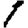
Digit: 1